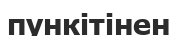
пункітінен